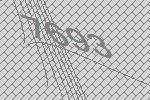
7693